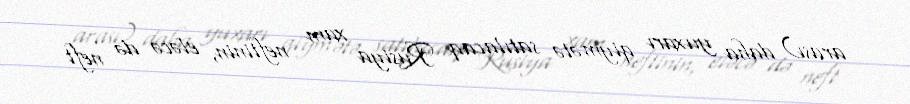
arası) daha yuxarı qiymətə satılacaq Rusiya xam neftinin, eləcə də neft